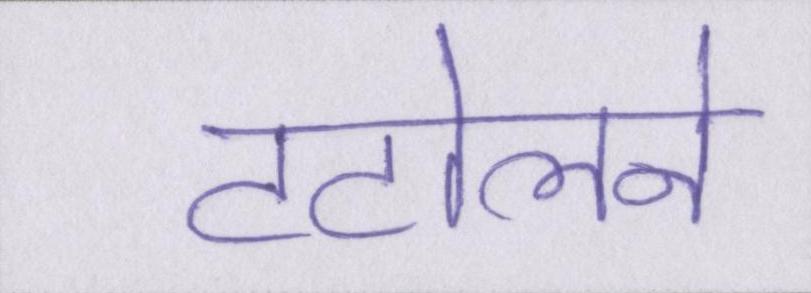
टटोलने